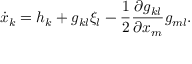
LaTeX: { \dot { x } } _ { k } = h _ { k } + g _ { k l } \xi _ { l } - { \frac { 1 } { 2 } } { \frac { \partial g _ { k l } } { \partial { x _ { m } } } } g _ { m l } .